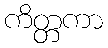
ကိတ္တကာ